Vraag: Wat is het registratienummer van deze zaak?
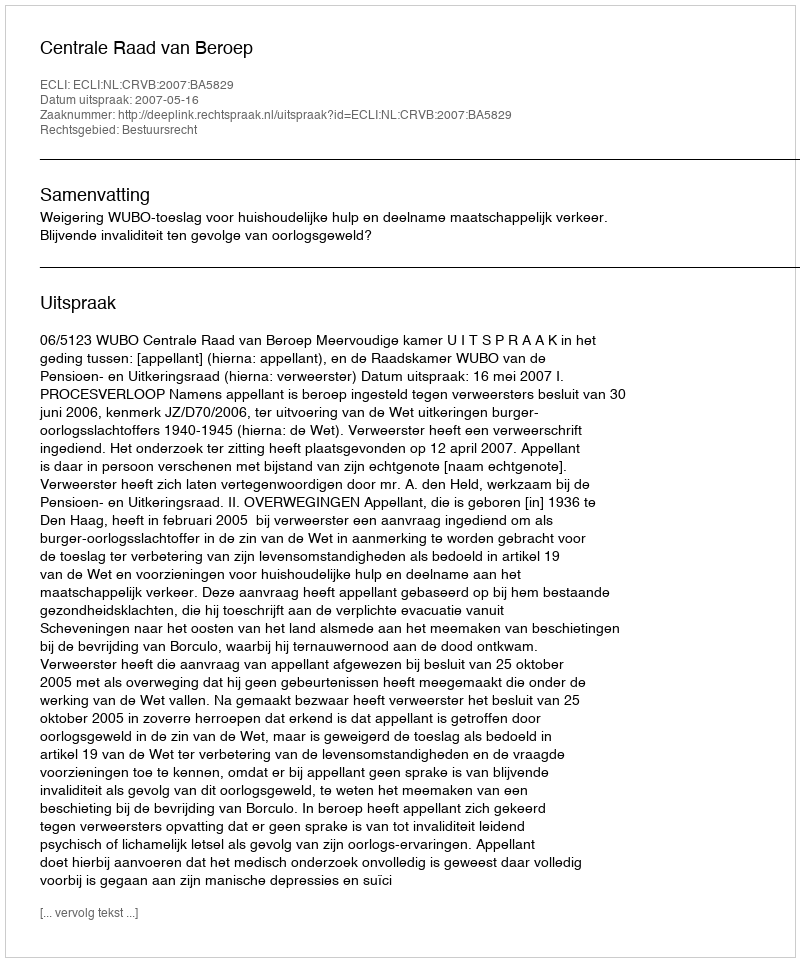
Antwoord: http://deeplink.rechtspraak.nl/uitspraak?id=ECLI:NL:CRVB:2007:BA5829